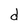
Character: d